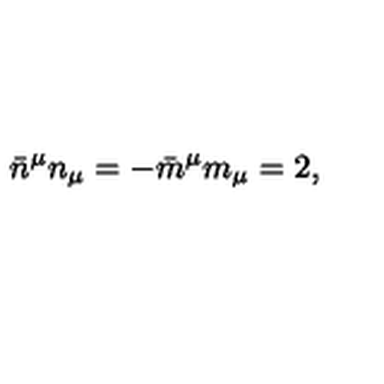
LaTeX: \bar { n } ^ { \mu } n _ { \mu } = - \bar { m } ^ { \mu } m _ { \mu } = 2 ,